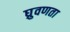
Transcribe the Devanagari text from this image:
घ्रुवणता